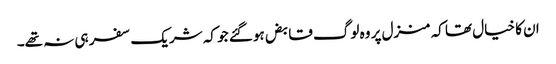
ان کا خیال تھا کہ منزل پر وہ لوگ قابض ہو گئے جو کہ شریک سفر ہی نہ تھے۔